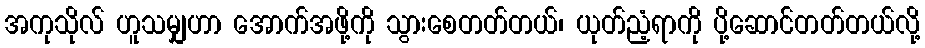
အကုသိုလ် ဟူသမျှဟာ အောက်အဖို့ကို သွားစေတတ်တယ်၊ ယုတ်ညံ့ရာကို ပို့ဆောင်တတ်တယ်လို့